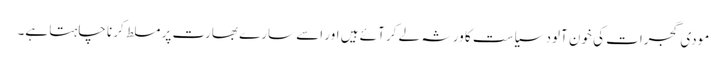
مودی گجرات کی خون آلود سیاست کا ورثہ لے کر آئے ہیں اور اسے سارے بھارت پر مسلط کرنا چاہتا ہے۔